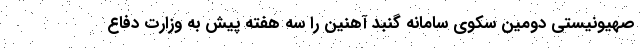
صهیونیستی دومین سکوی سامانه گنبد آهنین را سه هفته پیش به وزارت دفاع